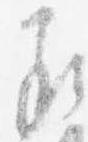
承